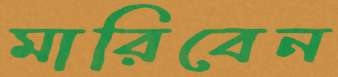
মারিবেন